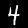
Digit: 4